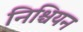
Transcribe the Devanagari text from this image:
निश्चियन